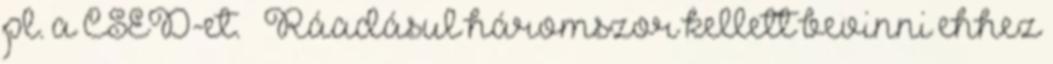
pl. a CSED-et. 🙂 Ráadásul háromszor kellett bevinni ehhez